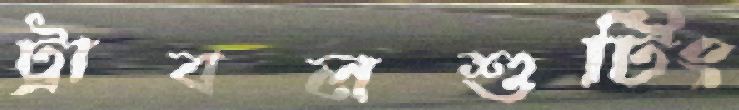
ট্রাবলশুটিং